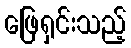
ဖြေရှင်းသည့်